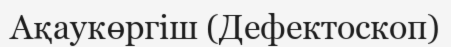
Ақаукөргіш (Дефектоскоп)